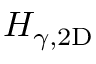
H _ { \gamma , \mathrm { 2 D } }